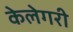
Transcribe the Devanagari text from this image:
केलेगरी